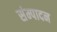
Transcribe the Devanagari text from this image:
संम्पादन